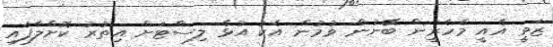
ޒަވީ އެއީ މެހެރީން ބޭނުން ވުމުން އެކު އުޅެ ލިސްޓަށް އިތުރު ކޮށްލާފައި